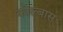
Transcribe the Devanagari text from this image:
कोल्बास